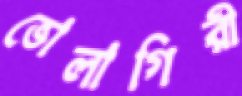
ভোলাগিরী